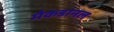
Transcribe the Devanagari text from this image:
मैकडानल